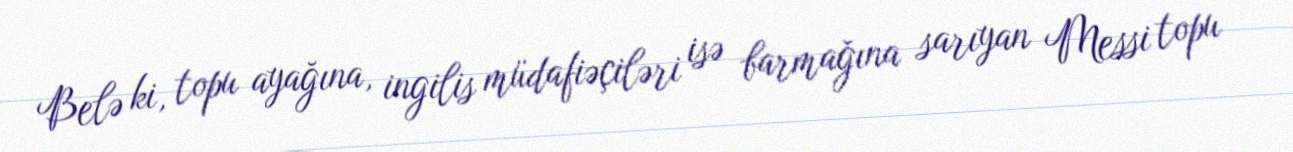
Belə ki, topu ayağına, ingilis müdafiəçiləri isə barmağına sarıyan Messi topu